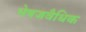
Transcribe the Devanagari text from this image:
भेषजवैधिक